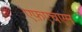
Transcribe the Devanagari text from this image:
एफ़एचएम